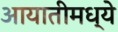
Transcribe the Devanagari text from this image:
आयातीमध्ये